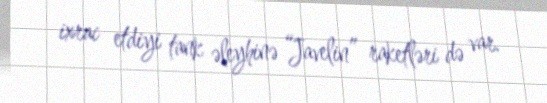
ixrac etdiyi tank əleyhinə “Javelin” raketləri də var.